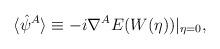
LaTeX: \begin{align*}\langle\hat{\psi}^A\rangle \equiv -i\nabla^A E(W(\eta))|_{\eta=0},\end{align*}